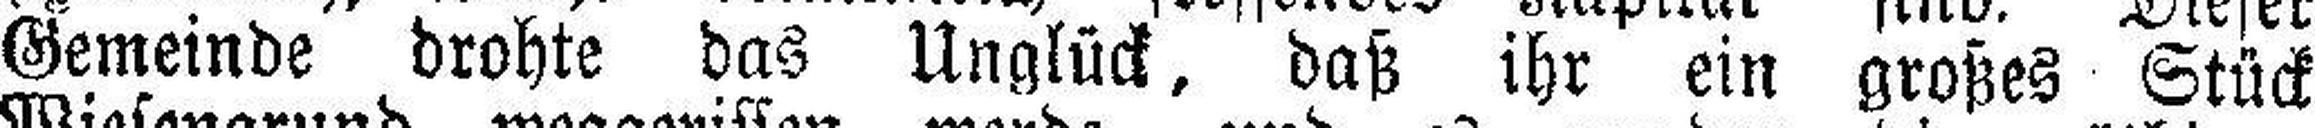
Gemeinde drohte das Unglück, daß ihr ein großes Stück